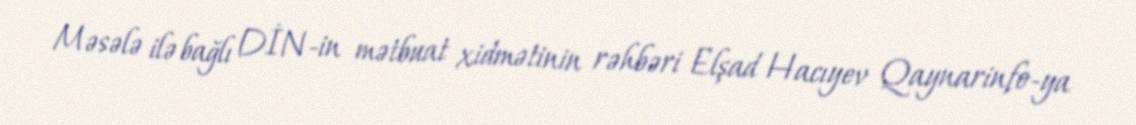
Məsələ ilə bağlı DİN-in mətbuat xidmətinin rəhbəri Elşad Hacıyev Qaynarinfo-ya